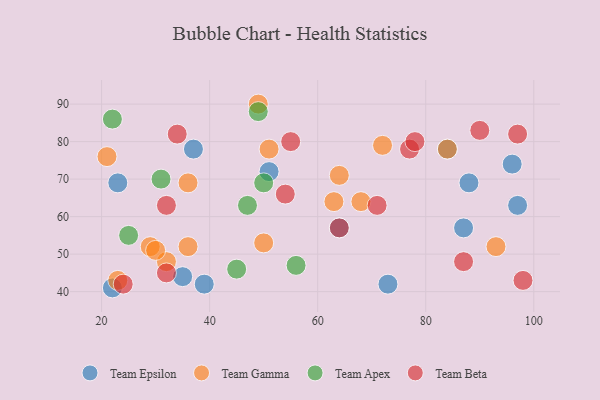
{"axis": {"x": "GDP", "y": "Life Expectancy"}, "legend": ["Team Apex", "Team Beta", "Team Epsilon", "Team Gamma"], "data": [{"x": "23", "y": 69, "type": "Team Epsilon"}, {"x": "87", "y": 57, "type": "Team Epsilon"}, {"x": "51", "y": 72, "type": "Team Epsilon"}, {"x": "22", "y": 41, "type": "Team Epsilon"}, {"x": "37", "y": 78, "type": "Team Epsilon"}, {"x": "64", "y": 57, "type": "Team Epsilon"}, {"x": "96", "y": 74, "type": "Team Epsilon"}, {"x": "88", "y": 69, "type": "Team Epsilon"}, {"x": "35", "y": 44, "type": "Team Epsilon"}, {"x": "73", "y": 42, "type": "Team Epsilon"}, {"x": "84", "y": 78, "type": "Team Epsilon"}, {"x": "97", "y": 63, "type": "Team Epsilon"}, {"x": "39", "y": 42, "type": "Team Epsilon"}, {"x": "68", "y": 64, "type": "Team Gamma"}, {"x": "36", "y": 69, "type": "Team Gamma"}, {"x": "23", "y": 43, "type": "Team Gamma"}, {"x": "93", "y": 52, "type": "Team Gamma"}, {"x": "63", "y": 64, "type": "Team Gamma"}, {"x": "21", "y": 76, "type": "Team Gamma"}, {"x": "51", "y": 78, "type": "Team Gamma"}, {"x": "72", "y": 79, "type": "Team Gamma"}, {"x": "50", "y": 53, "type": "Team Gamma"}, {"x": "36", "y": 52, "type": "Team Gamma"}, {"x": "29", "y": 52, "type": "Team Gamma"}, {"x": "32", "y": 48, "type": "Team Gamma"}, {"x": "64", "y": 71, "type": "Team Gamma"}, {"x": "84", "y": 78, "type": "Team Gamma"}, {"x": "49", "y": 90, "type": "Team Gamma"}, {"x": "30", "y": 51, "type": "Team Gamma"}, {"x": "47", "y": 63, "type": "Team Apex"}, {"x": "49", "y": 88, "type": "Team Apex"}, {"x": "50", "y": 69, "type": "Team Apex"}, {"x": "56", "y": 47, "type": "Team Apex"}, {"x": "22", "y": 86, "type": "Team Apex"}, {"x": "31", "y": 70, "type": "Team Apex"}, {"x": "25", "y": 55, "type": "Team Apex"}, {"x": "45", "y": 46, "type": "Team Apex"}, {"x": "64", "y": 57, "type": "Team Beta"}, {"x": "32", "y": 45, "type": "Team Beta"}, {"x": "32", "y": 63, "type": "Team Beta"}, {"x": "24", "y": 42, "type": "Team Beta"}, {"x": "34", "y": 82, "type": "Team Beta"}, {"x": "97", "y": 82, "type": "Team Beta"}, {"x": "87", "y": 48, "type": "Team Beta"}, {"x": "98", "y": 43, "type": "Team Beta"}, {"x": "77", "y": 78, "type": "Team Beta"}, {"x": "71", "y": 63, "type": "Team Beta"}, {"x": "90", "y": 83, "type": "Team Beta"}, {"x": "54", "y": 66, "type": "Team Beta"}, {"x": "55", "y": 80, "type": "Team Beta"}, {"x": "78", "y": 80, "type": "Team Beta"}]}